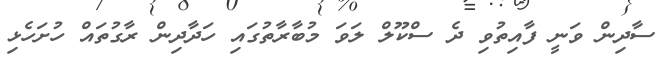
ސާދިން ވަނީ ފާއިތުވި ދެ ސްކޫލް ލަވަ މުބާރާތުގައި ހަދާދިން ރާގުތައް ހުށަހެޅި